Plague in India, 1896, 1897 - Volume 2
Year: 1896
Disease focus: Plague
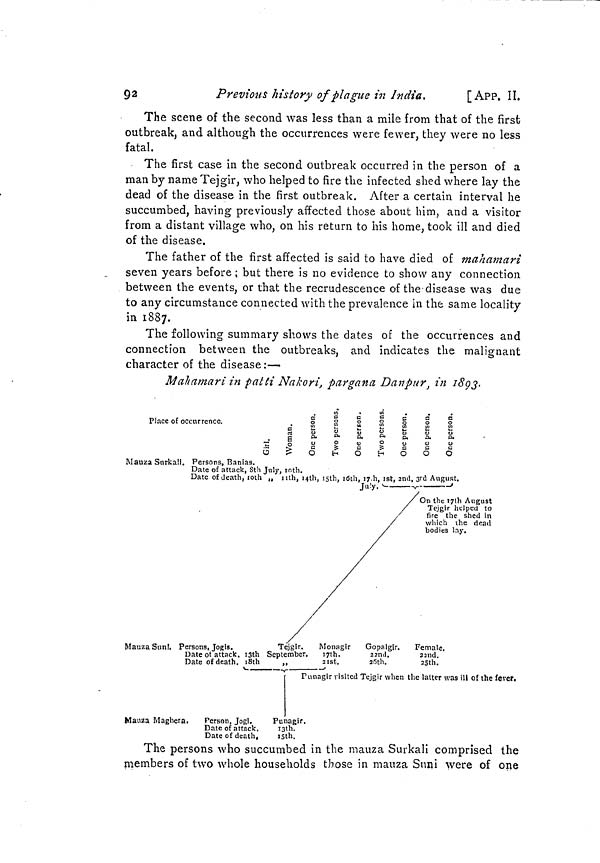
92
Previous history of plague in India.
[APP. II.
The scene of the second was less than a mile from that of the first
outbreak, and although the occurrences were fewer, they were no less
fatal.
The first case in the second outbreak occurred in the person of a
man by name Tejgir, who helped to fire the infected shed where lay the
dead of the disease in the first outbreak. After a certain interval he
succumbed, having previously affected those about him, and a visitor
from a distant village who, on his return to his home, took ill and died
of the disease.
The father of the first affected is said to have died of mahamari
seven years before ; but there is no evidence to show any connection
between the events, or that the recrudescence of the disease was due
to any circumstance connected with the prevalence in the same locality
in 1887.
The following summary shows the dates of the occurrences and
connection between the outbreaks, and indicates the malignant
character of the disease:—
Mahamari in patti Nakori, pargana Danpur } in 1893.
Mauza Surkau. Persons, Banias.
Date of attack, 8th
Date of death, l0th
July, 10th.
„ 11th, I4th, 15th, 16th, 17th, 1st, 2nd, 3rd August
July.
gust.
On the 17th August
Tejgir helped to
fire the shed in
/
which the dead bodies lay.
/
Mauza Snnl. Persons, Jogis.
Date of attack. :3th
Date of death. i8th
Tejgir.
September.
,.
Monagir
I7th.
2 1st.
Gopalgir.
22nd
2 6th.
Female.
22nd
25th
Pnnaglr visited Tejgir when the latter was ill of the fever.
Mauza Maghera.
Person, Jog!.
Date of attack.
Date of death.
Punagir.
I3th.
15th
The persons who succumbed in the mauza Surkali comprised the
members of two whole households those in mauza Suni were of one